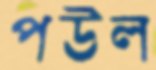
পউল